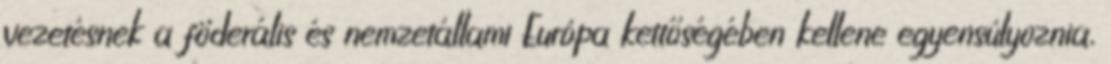
vezetésnek a föderális és nemzetállami Európa kettőségében kellene egyensúlyoznia,